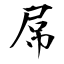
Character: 屌